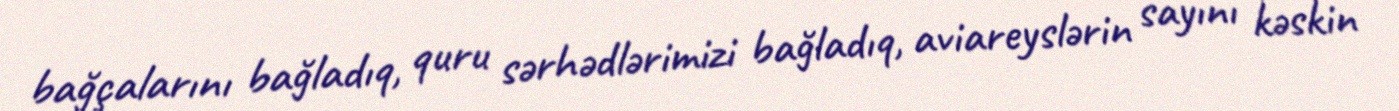
bağçalarını bağladıq, quru sərhədlərimizi bağladıq, aviareyslərin sayını kəskin